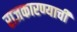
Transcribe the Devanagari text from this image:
राजकारण्याची